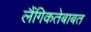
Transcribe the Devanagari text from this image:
लैंगिकतेबाबत